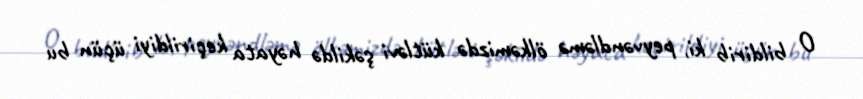
O bildirib ki, peyvəndləmə ölkəmizdə kütləvi şəkildə həyata keçirildiyi üçün bu